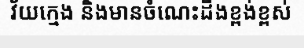
វ័យក្មេង និងមានចំណេះដឹងខ្ពង់ខ្ពស់